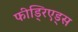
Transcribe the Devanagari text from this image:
फीड्रिएड्स